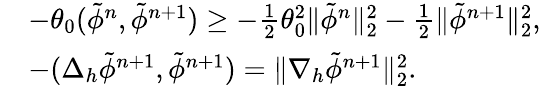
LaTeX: \begin{array}{rl}&{-\theta_{0}(\tilde{\phi}^{n},\tilde{\phi}^{n+1})\ge-\frac{1}{2}\theta_{0}^{2}\| \tilde{\phi}^{n}\| _{2}^{2}-\frac{1}{2}\| \tilde{\phi}^{n+1}\| _{2}^{2},}\\ &{-(\Delta_{h}\tilde{\phi}^{n+1},\tilde{\phi}^{n+1})=\| \nabla_{h}\tilde{\phi}^{n+1}\| _{2}^{2}.}\end{array}